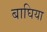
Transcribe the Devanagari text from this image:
बाघिया